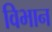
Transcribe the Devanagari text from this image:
विभान